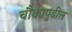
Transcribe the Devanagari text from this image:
चौकापुढील